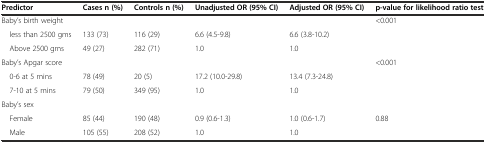
<table><thead><tr><td><b>Predictor</b></td><td><b>Cases n (%)</b></td><td><b>Controls n (%)</b></td><td><b>Unadjusted OR (95% CI)</b></td><td><b>Adjusted OR (95% CI)</b></td><td><b>p-value for likelihood ratio test</b></td></tr></thead><tbody><tr><td>Baby’s birth weight</td><td></td><td></td><td></td><td></td><td>&lt;0.001</td></tr><tr><td> less than 2500 gms</td><td>133 (73)</td><td>116 (29)</td><td>6.6 (4.5-9.8)</td><td>6.6 (3.8-10.2)</td><td></td></tr><tr><td> Above 2500 gms</td><td>49 (27)</td><td>282 (71)</td><td>1.0</td><td>1.0</td><td></td></tr><tr><td>Baby’s Apgar score</td><td></td><td></td><td></td><td></td><td>&lt;0.001</td></tr><tr><td> 0-6 at 5 mins</td><td>78 (49)</td><td>20 (5)</td><td>17.2 (10.0-29.8)</td><td>13.4 (7.3-24.8)</td><td></td></tr><tr><td> 7-10 at 5 mins</td><td>79 (50)</td><td>349 (95)</td><td>1.0</td><td>1.0</td><td></td></tr><tr><td>Baby’s sex</td><td></td><td></td><td></td><td></td><td></td></tr><tr><td> Female</td><td>85 (44)</td><td>190 (48)</td><td>0.9 (0.6-1.3)</td><td>1.0 (0.6-1.7)</td><td>0.88</td></tr><tr><td> Male</td><td>105 (55)</td><td>208 (52)</td><td>1.0</td><td>1.0</td><td></td></tr></tbody></table>